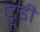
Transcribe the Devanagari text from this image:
ट्रूडी